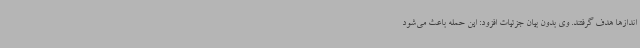
اندازها هدف گرفتند. وی بدون بیان جزئیات افزود: این حمله باعث می‌شود